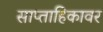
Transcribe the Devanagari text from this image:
साप्ताहिकावर